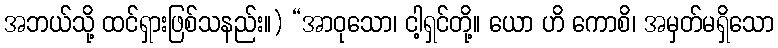
အဘယ်သို့ ထင်ရှားဖြစ်သနည်း။) “အာဝုသော၊ ငါ့ရှင်တို့။ ယော ဟိ ကောစိ၊ အမှတ်မရှိသော